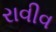
રાવીવ